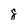
Character: 8